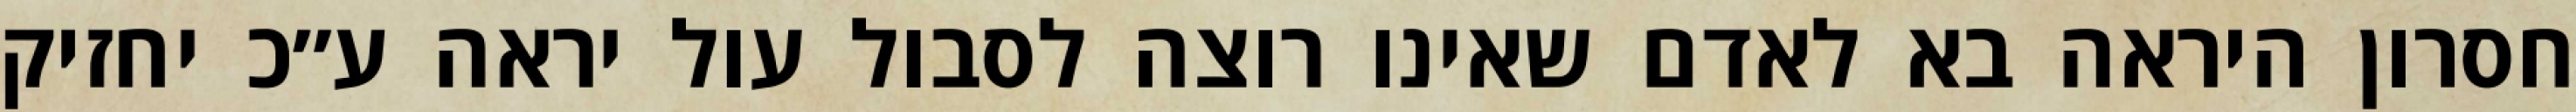
חסרון היראה בא לאדם שאינו רוצה לסבול עול יראה ע״כ יחזיק